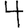
Digit: 4